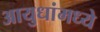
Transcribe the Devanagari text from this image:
आयुधांमध्ये